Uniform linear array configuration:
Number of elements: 16
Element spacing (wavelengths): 0.75
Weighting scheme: exponential
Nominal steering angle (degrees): -45
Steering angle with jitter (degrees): -45.52
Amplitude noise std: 0.05
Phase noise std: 0.05

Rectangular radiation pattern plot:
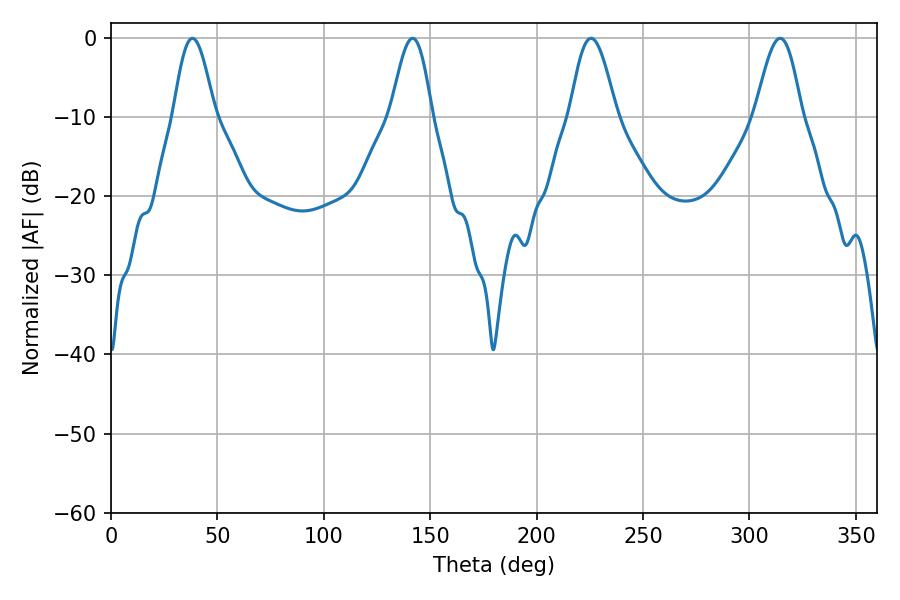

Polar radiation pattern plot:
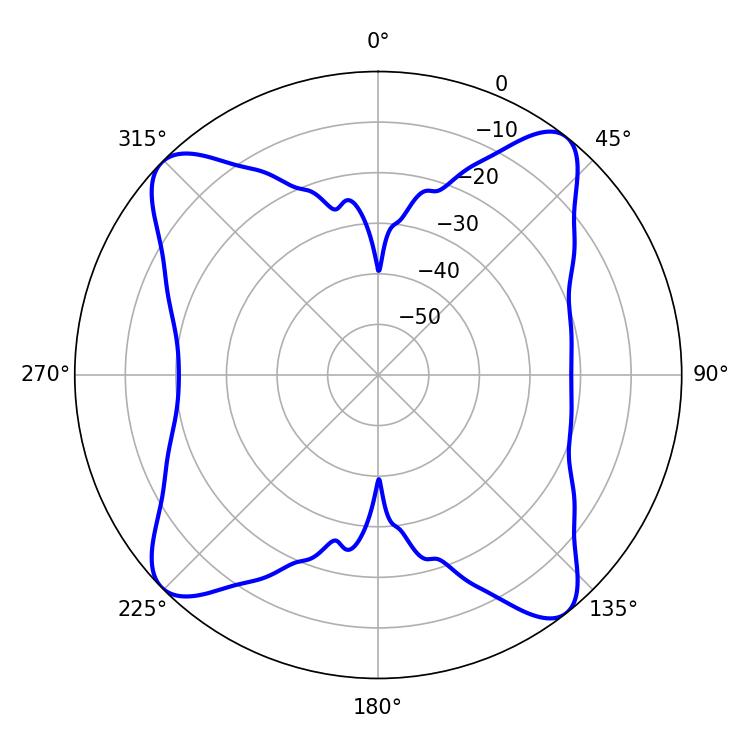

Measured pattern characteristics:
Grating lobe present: TRUE
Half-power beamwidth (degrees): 11.7
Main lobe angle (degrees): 225.54